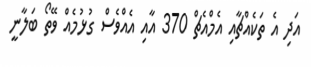
އަދި އެ ތަކެއްޗާއި އެމްއެޗް 370 އާއި އެއްވެސް ގުޅުމެއް ވޭތޯ ބަލާނީ